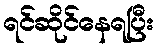
ရင်ဆိုင်နေရပြီး